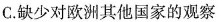
C.缺少对欧洲其他国家的观察